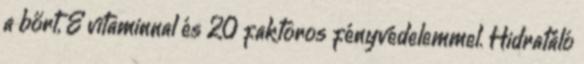
a bőrt, E vitaminnal és 20 faktoros fényvédelemmel. Hidratáló